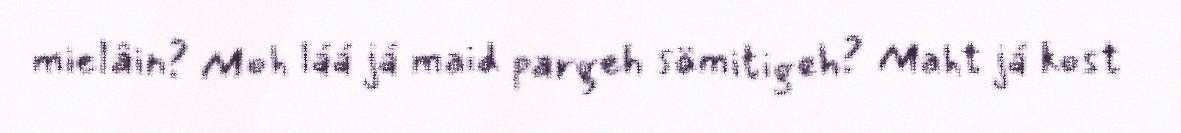
mielâin? Moh láá já maid pargeh sämitigeh? Maht já kost